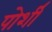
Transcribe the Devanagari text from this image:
पोर्शी